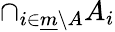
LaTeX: \cap_{i\in{\underline{{m}}}\setminus A}A_{i}